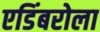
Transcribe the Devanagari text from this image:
एडिंबरोला